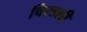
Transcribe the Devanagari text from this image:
चिरडली